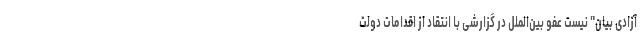
آزادی بیان" نیست عفو بین‌الملل در گزارشی با انتقاد از اقدامات دولت